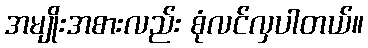
အမျိုးအစားလည်း စုံလင်လှပါတယ်။